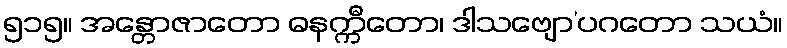
၅၁၅။ အန္တောဇာတော ဓနက္ကီတော၊ ဒါသဗျော’ပဂတော သယံ။